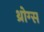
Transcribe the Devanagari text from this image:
थ्रोग्स